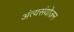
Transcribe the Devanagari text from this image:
अंत्यसंयोजन